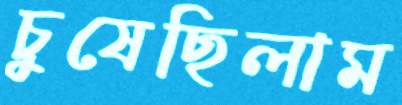
চুষেছিলাম